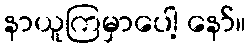
နာယူကြမှာပေါ့ နော်။